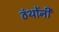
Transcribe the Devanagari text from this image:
ठंथोंनी